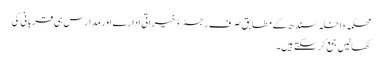
محکمہ داخلہ سندھ کے مطابق صرف رجسٹرڈ خیراتی ادارے اور مدارس ہی قربانی کی
کھالیں جمع کرسکتے ہیں۔